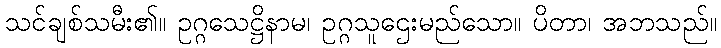
သင်ချစ်သမီး၏။ ဥဂ္ဂသေဋ္ဌိနာမ၊ ဥဂ္ဂသူဌေးမည်သော။ ပိတာ၊ အဘသည်။